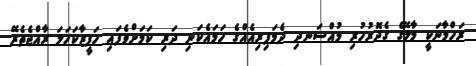
ރަހްމާނަކީ މާލޭގެ ގެދޮރުހުރި މުއްސަނދި ދެމަފިރިއެއްގެ ހަމައެކަނި ދަރި ކަމަށްވެފައި ހަފީޒާކަހަލަ ރާއްޖެތެރޭ